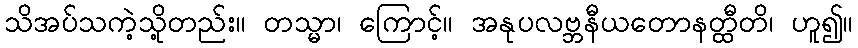
သိအပ်သကဲ့သို့တည်း။ တသ္မာ၊ ကြောင့်။ အနုပလဗ္ဘနီယတောနတ္ထီတိ၊ ဟူ၍။